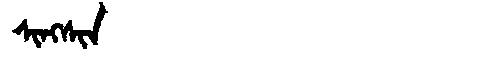
Manchu: ᠰᡳᠩᠰᡳᠨ
Romanization: SINGSIN